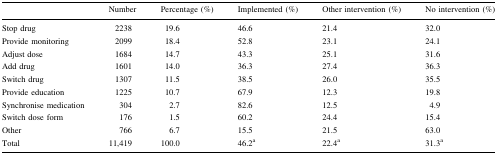
<table><thead><tr><td></td><td><b>Number</b></td><td><b>Percentage (%)</b></td><td><b>Implemented (%)</b></td><td><b>Other intervention (%)</b></td><td><b>No intervention (%)</b></td></tr></thead><tbody><tr><td>Stop drug</td><td>2238</td><td>19.6</td><td>46.6</td><td>21.4</td><td>32.0</td></tr><tr><td>Provide monitoring</td><td>2099</td><td>18.4</td><td>52.8</td><td>23.1</td><td>24.1</td></tr><tr><td>Adjust dose</td><td>1684</td><td>14.7</td><td>43.3</td><td>25.1</td><td>31.6</td></tr><tr><td>Add drug</td><td>1601</td><td>14.0</td><td>36.3</td><td>27.4</td><td>36.3</td></tr><tr><td>Switch drug</td><td>1307</td><td>11.5</td><td>38.5</td><td>26.0</td><td>35.5</td></tr><tr><td>Provide education</td><td>1225</td><td>10.7</td><td>67.9</td><td>12.3</td><td>19.8</td></tr><tr><td>Synchronise medication</td><td>304</td><td>2.7</td><td>82.6</td><td>12.5</td><td>4.9</td></tr><tr><td>Switch dose form</td><td>176</td><td>1.5</td><td>60.2</td><td>24.4</td><td>15.4</td></tr><tr><td>Other</td><td>766</td><td>6.7</td><td>15.5</td><td>21.5</td><td>63.0</td></tr><tr><td>Total</td><td>11,419</td><td>100.0</td><td>46.2<sup>a</sup></td><td>22.4<sup>a</sup></td><td>31.3<sup>a</sup></td></tr></tbody></table>